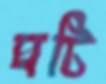
ঘটি